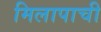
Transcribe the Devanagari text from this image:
मिलापाची